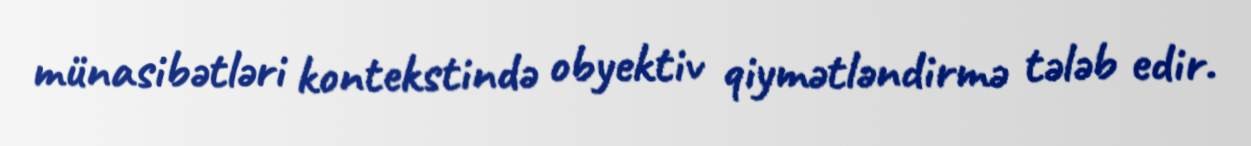
münasibətləri kontekstində obyektiv qiymətləndirmə tələb edir.